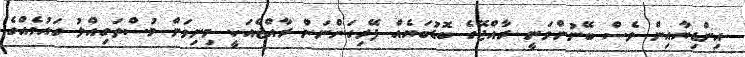
އިންޑިޔާއިން ވެސް ބޭނުންވަނީ ރާއްޖޭގެ ބޮޑުބަޔެއް ފޭރިގަންނަން ރާއްޖެއަކީ މިނިވަން މުސްތަގިއްލު ގައުމެއްގެ